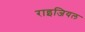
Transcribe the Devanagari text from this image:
राइजियल